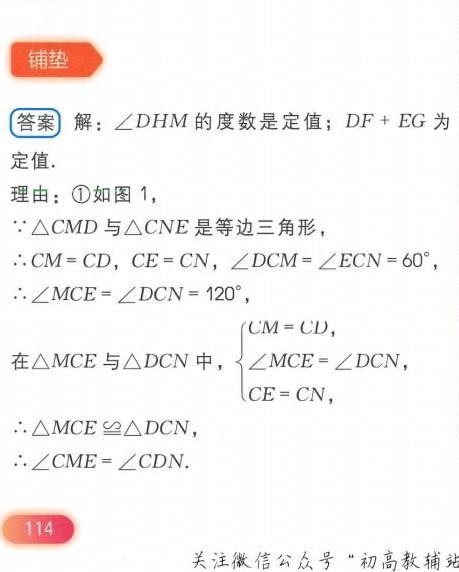
### 铺垫
**答案** 解：\(\angle DHM\)的度数是定值；\(DF + EG\)为定值.
理由：\textcircled{1}如图 1，
\(\because\triangle CMD\)与\(\triangle CNE\)是等边三角形，
\(\therefore CM = CD\)，\(CE = CN\)，\(\angle DCM=\angle ECN = 60^{\circ}\)，
\(\therefore\angle MCE=\angle DCN = 120^{\circ}\)，
在\(\triangle MCE\)与\(\triangle DCN\)中，\(\begin{cases}CM = CD,\\\angle MCE=\angle DCN,\\CE = CN,\end{cases}\)
\(\therefore\triangle MCE\cong\triangle DCN\)，
\(\therefore\angle CME=\angle CDN\).

114
关注微信公众号“初高教辅站”